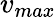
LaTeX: v_{max}